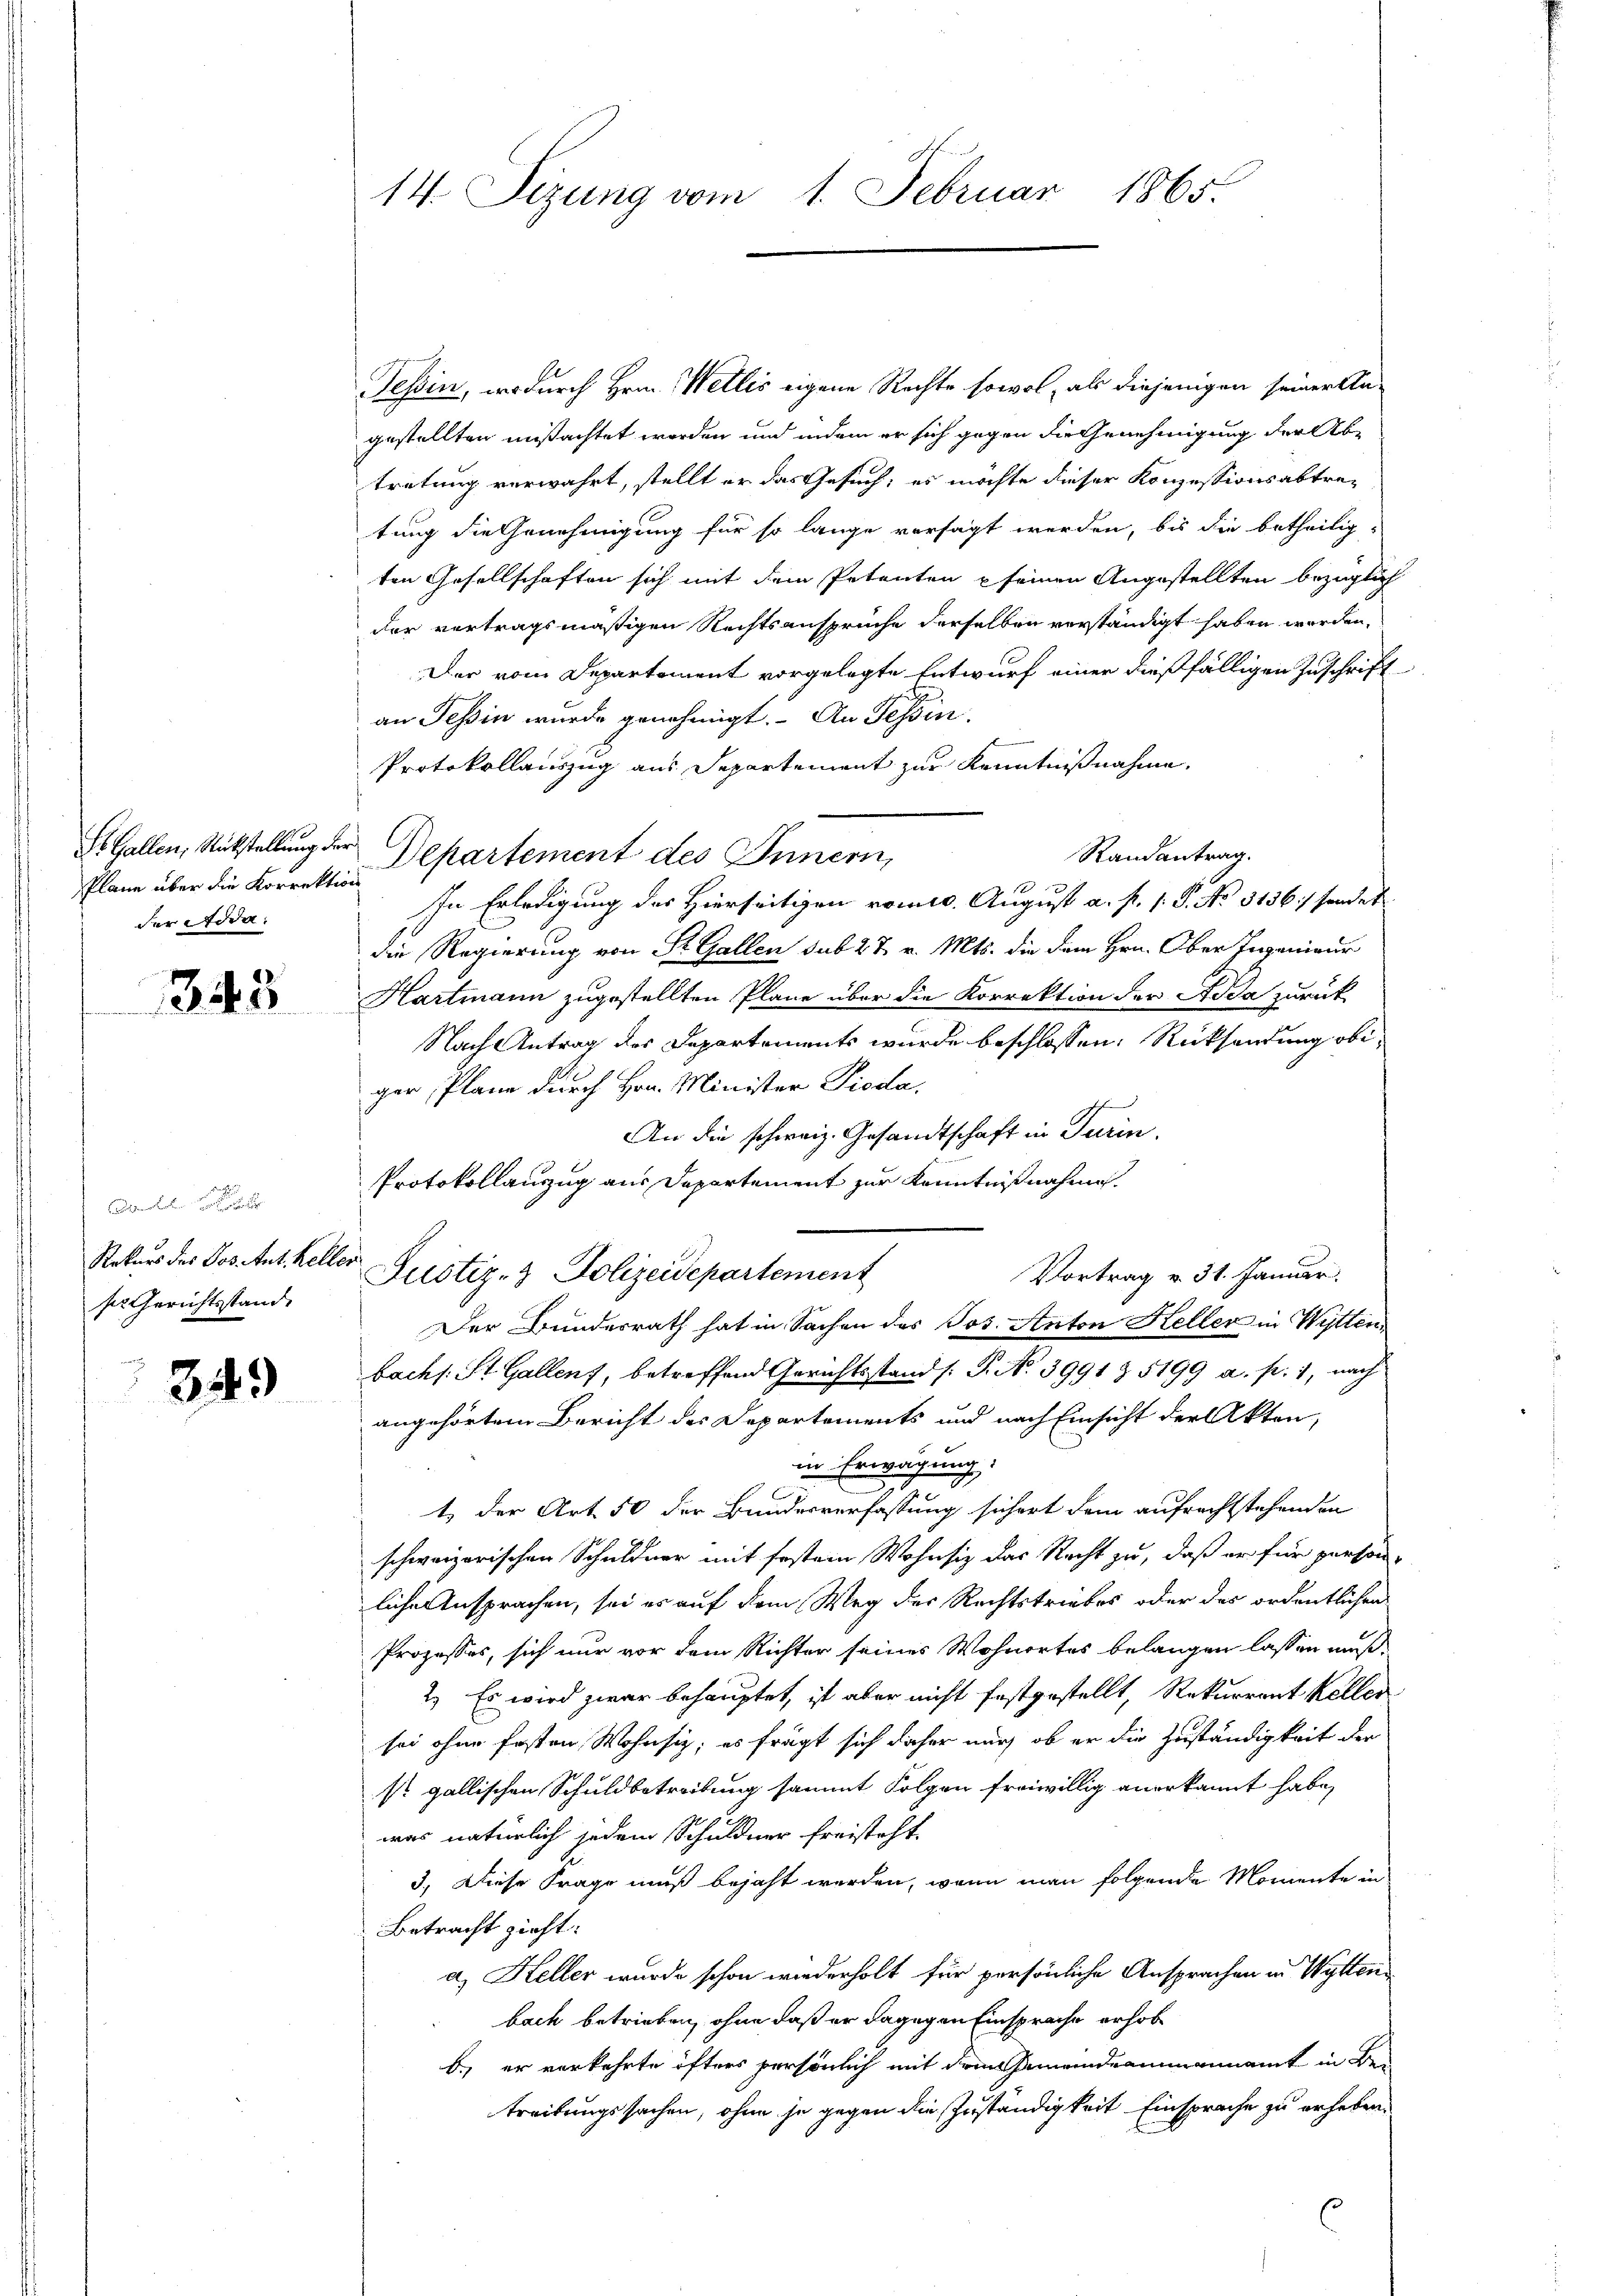
Pläne über die Korrektion
der Adda.

345

e
Rekurs des Jos. Ant. Keller
ser Gerichtsstand

349

14. Sezung vom 1. Februar 1865.

Tessin, wodurch Hrn. Wellis eigene Rechte sowol, als diejenigen seiner An-
gestellten mistachtet worden und indem er sich gegen die Genehmigung der Abe
tretung verwahrt, stellt er das Gesuch, es möchte dieser Konzessionsabtre-
tung die Genehmigung für so lange versagt werden, bis die betheiligten Gesellschaften sich mit dem Petenten pfeinen Angestellten bezüglich
der vertragsmäßigen Rechtsansprüche derselben verständigt haben werden,
Der vom Departement vorgelegte Entwurf einer dießfälligen Zuschrift
an Tessin wurde genehmigt. An Tessin,
Protokollauszug aus Departement zur Kenntnißnahme.
St. Gallen, Rückstellung der Departement des Innern,
Randantrag.
In Erledigung des Hierseitigen vom 10. August a. p. 1. P. No. 3136/ sendet
die Regierung von St. Gallen sub 2 t v. Mts. die dem Hrn. Ober Ingenieur
Hartmann zugestellten Pläne über die Korrektion der Adda zurück
Nach Antrag des Departements wurde beschlossen: Rücksendung obiger, Plane durch Hrn. Minister Pieda
An die schweiz. Gesandtschaft in Turin.
Protokollauszug aus Departement zur Kenntnißnahme.
Vortrag v. 31. Januar.
Der Bundesrath hat in Sachen des Jos. Anton Keller in Witten,
backs. St. Gallens, betreffend Gerichtsstand (T. No 3991 § 5199 a. f. 1, nach
angehörtem Bericht des Departements und nach Einsicht der Akten,
in Erwägung.
t) der Art. 50 der Bundesverfassung sichert dem aufrechtstehenden
schweizerischen Schuldner mit festem Wohnsiz das Recht zu, daß er für persön-
liche Ansprachen, sei es auf dem Weg der Rechtstriebes oder des ordentlichen
Prozesses, sich nur vor dem Richter seines Wohnortes belangen lassen muß
2.) Es wird zwar behauptet, ist aber nicht festgestellt, Rekurrent Keller
sei ohne festen Wohnsiz, es fragt sich daher mich ob er die Zuständigkeit der
st gallischen Schuldbetreibung sammt Folgen freiwillig anerkannt habe,
was natürlich jedem Schuldner freisteht.
3.) Diese Frage muß bejaht werden, wenn man folgende Momente in
Betracht zieht.
a) Heller wurde schon wiederholt für persönliche Ansprachen in Wyttenbach betrieben, ohne daß er dagegen Einsprache erhob
b.) er verkehrte öfters persönlich mit dem Gemeindeammannamt in Be-
treitungssachen, ohne je gegen die Zuständigkeit Einsprache zu erheben.

Justiz- & Polizeidepartement